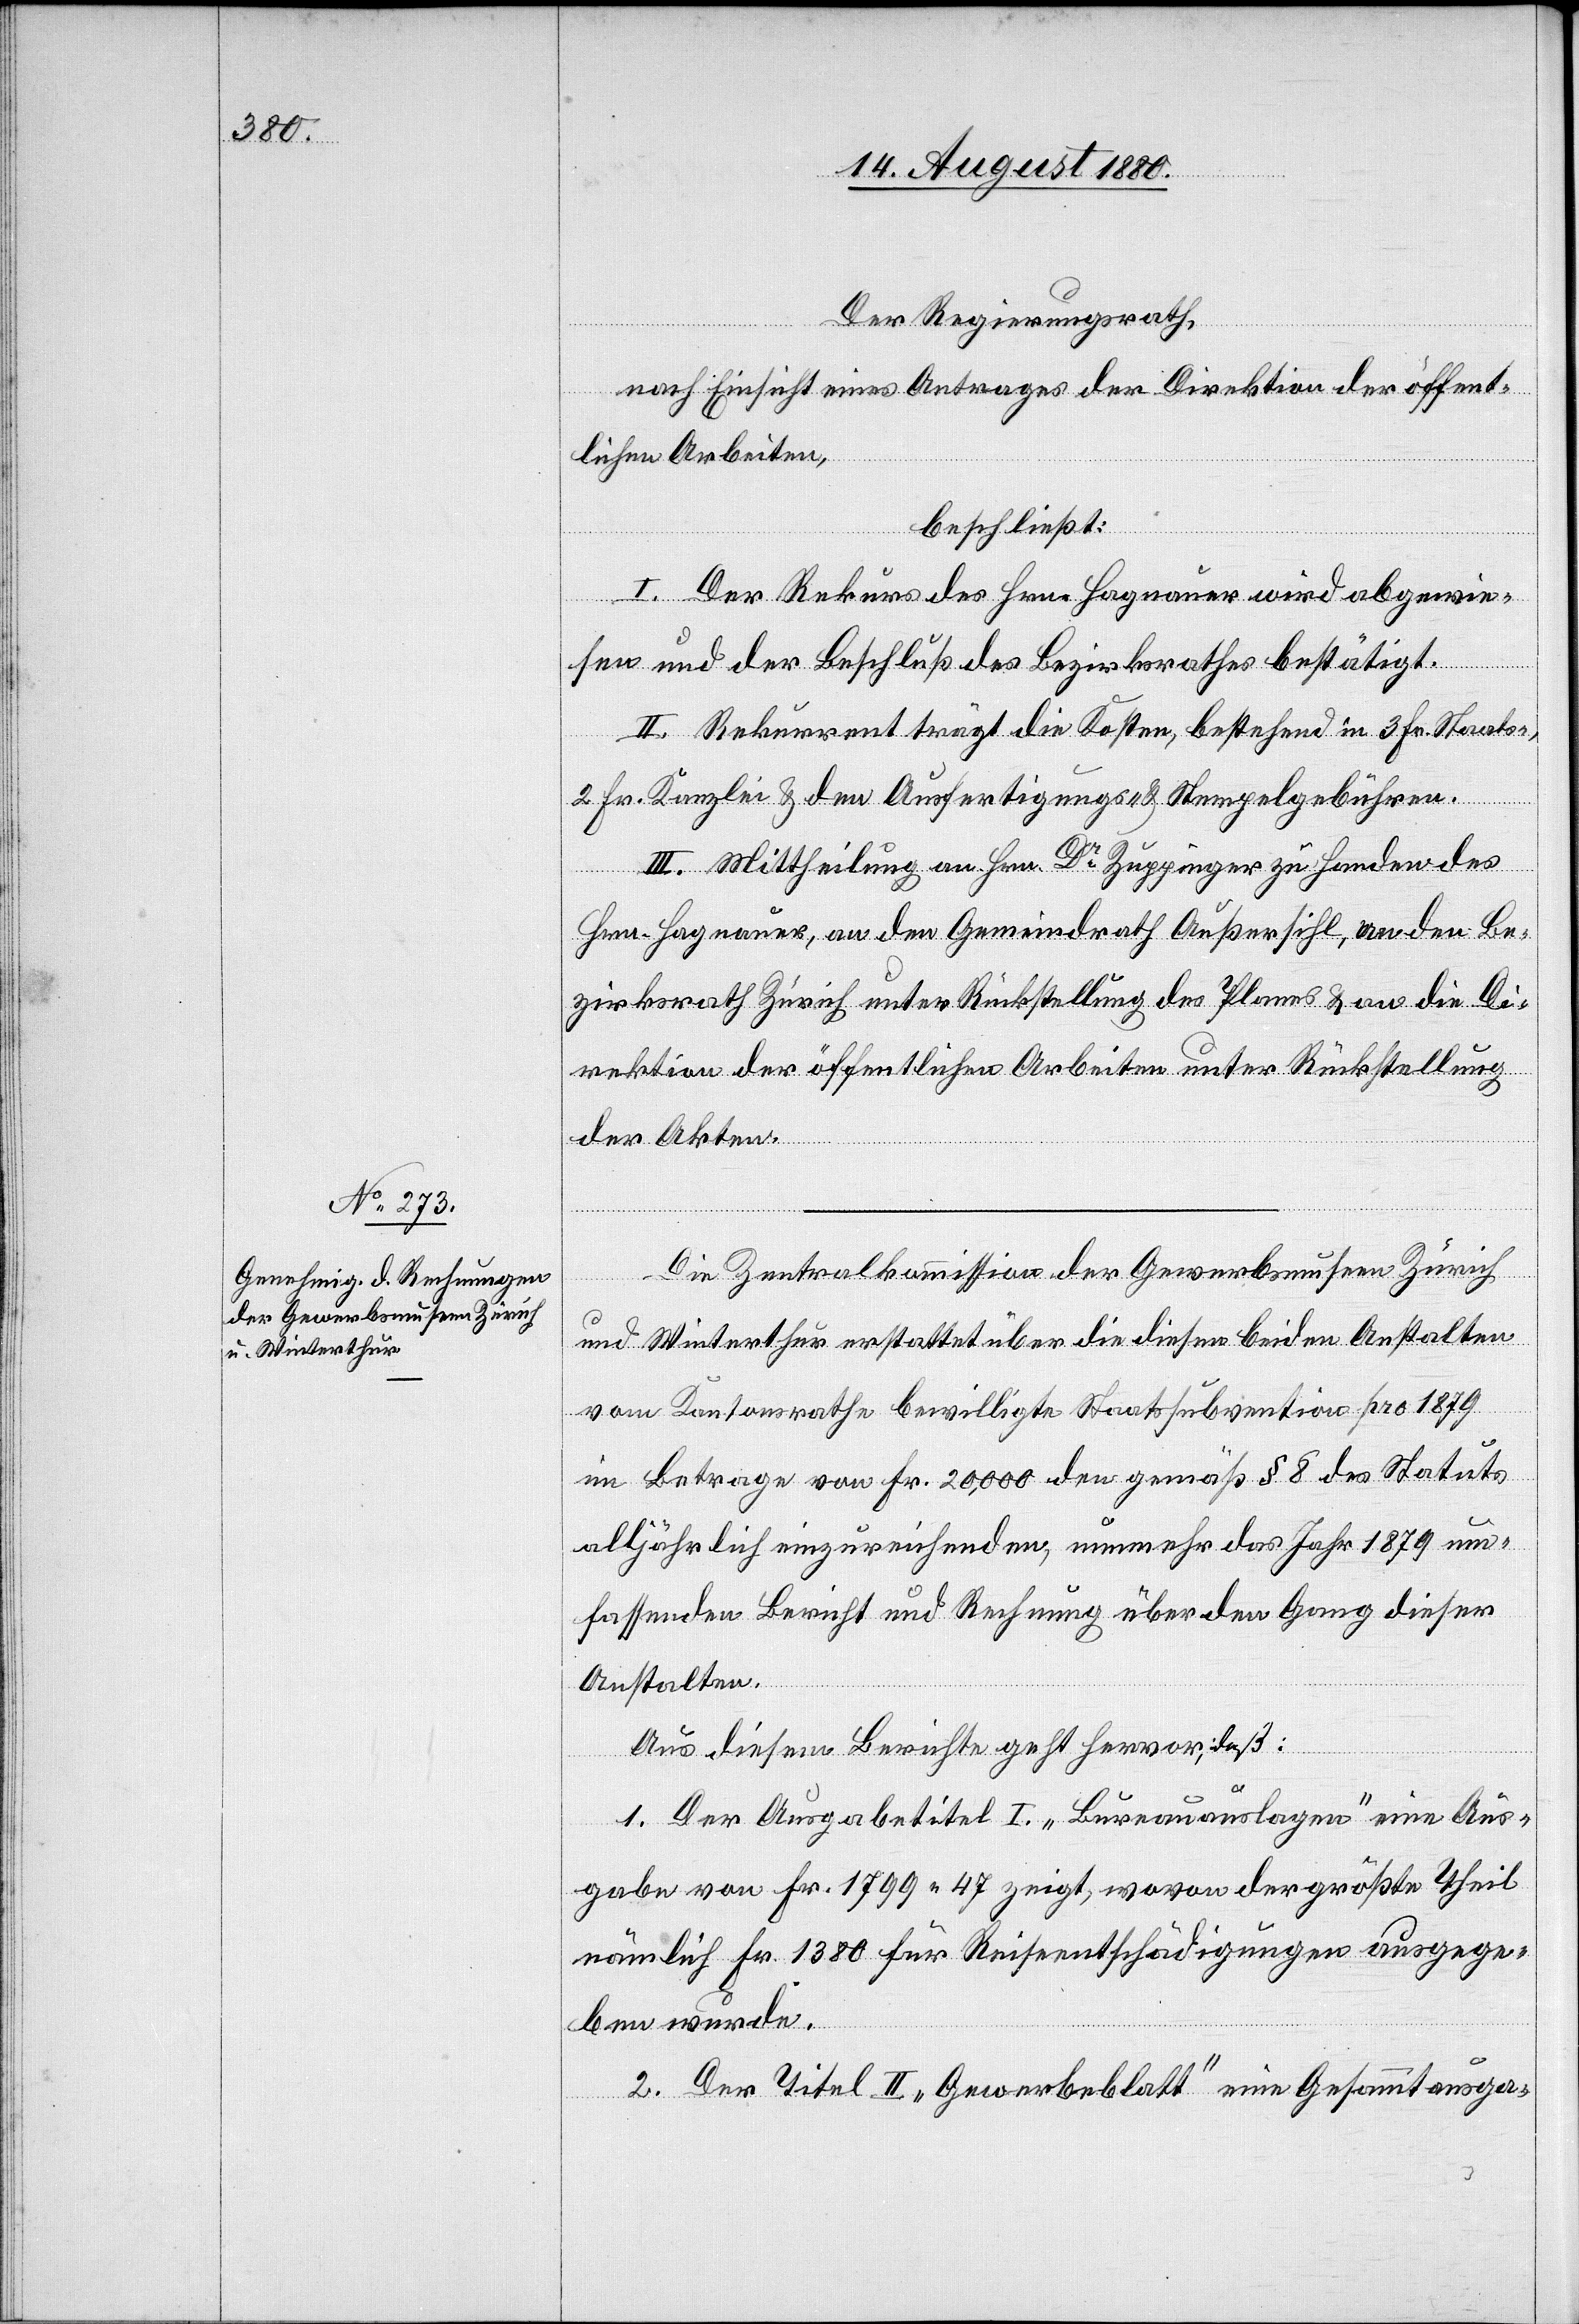
Der Regierungsrath,
nach Einsicht eines Antrages der Direktion der öffent¬
lichen Arbeiten,
beschließt:
I. Der Rekurs des Hrn. Hagnauer wird abgewie¬
sen und der Beschluß des Bezirksrathes bestätigt.
II. Rekurrent trägt die Kosten, bestehend in 3 Fr. Staats-,
2 Fr. Kanzlei[-] & den Ausfertigungs- & Stempelgebühren.
III. Mittheilung an Hrn. Dr Zuppinger zu Handen des
Hrn. Hagnauer, an den Gemeindrath Außersihl, an den Be¬
zirksrath Zürich unter Rückstellung des Planes & an die Di¬
rektion der öffentlichen Arbeiten unter Rückstellung
der Akten.
Die Zentralkommission der Gewerbsmuseen Zürich
und Winterthur erstattet über die diesen beiden Anstalten
vom Kantonsrathe bewilligte Staatsubvention pro 1879
im Betrage von Fr. 20,000 den gemäß § 8 des Status
alljährlich einzureichenden, nunmehr das Jahr 1879 um¬
fassenden Bericht und Rechnung über den Gang dieser
Anstalten.
Aus diesem Berichte geht hervor, daß:
1. Der Ausgabetitel I. „Bureauauslagen“ eine Aus¬
gabe von Fr. 1799 47 zeigt, wovon der größte Teil
nämlich Fr. 1380 für Reiseentschädigungen ausgege¬
ben wurde.
2. Der Titel II. „Gewerbeblatt“ eine Gesammtausga-